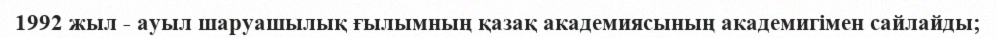
1992 жыл - ауыл шаруашылық ғылымның қазақ академиясының академигімен сайлайды;